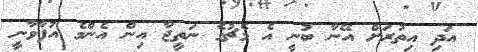
އަދި އިތުރަށް އޭނާ ބުނީ އެ މެޗުގެ ނަތީޖާ އިން އެންމެ އުފާވާނީ